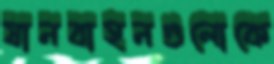
যানবাহনগুলোকে